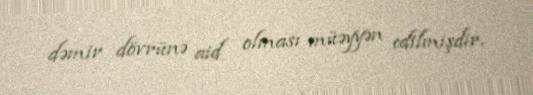
dəmir dövrünə aid olması müəyyən edilmişdir.